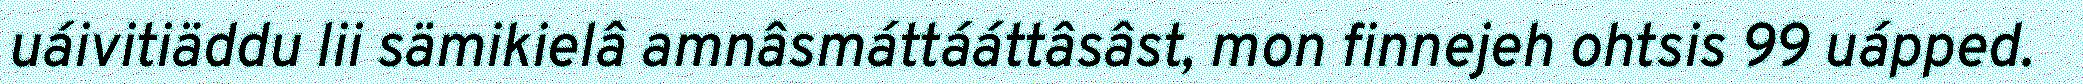
uáivitiäddu lii sämikielâ amnâsmáttááttâsâst, mon finnejeh ohtsis 99 uápped.